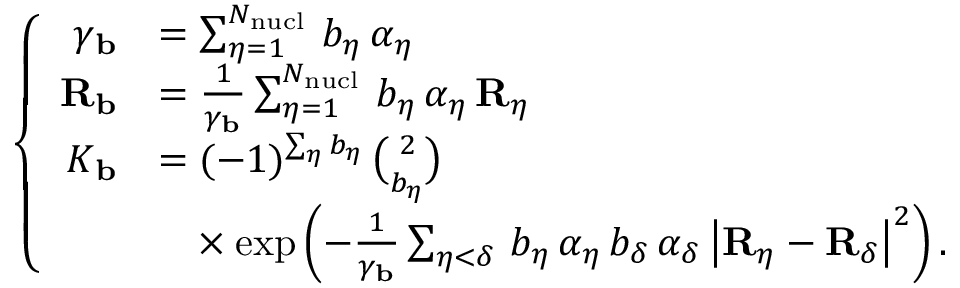
\left\lbrace \begin{array} { r l } { \gamma _ { \mathbf { b } } } & { = \sum _ { \eta = 1 } ^ { N _ { \mathrm { n u c l } } } \, b _ { \eta } \, \alpha _ { \eta } } \\ { { \mathbf { R } _ { \mathbf { b } } } } & { = \frac { 1 } { \gamma _ { \mathbf { b } } } \sum _ { \eta = 1 } ^ { N _ { \mathrm { n u c l } } } \, b _ { \eta } \, \alpha _ { \eta } \, { \mathbf { R } _ { \eta } } } \\ { K _ { \mathbf { b } } } & { = ( - 1 ) ^ { \sum _ { \eta } b _ { \eta } } \, { \binom { 2 } { b _ { \eta } } } } \\ & { \phantom { = } \times \exp \left( - \frac { 1 } { \gamma _ { \mathbf { b } } } \sum _ { \eta < \delta } \, b _ { \eta } \, \alpha _ { \eta } \, b _ { \delta } \, \alpha _ { \delta } \, \big | { \mathbf { R } _ { \eta } } - { \mathbf { R } _ { \delta } } \big | ^ { 2 } \right) \mathrm { . } } \end{array} \right.